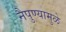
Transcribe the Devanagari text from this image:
नैपुण्यामुळे